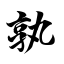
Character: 孰